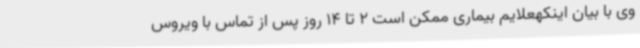
وی با بیان اینکهعلایم بیماری ممکن است 2 تا 14 روز پس از تماس با ویروس